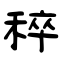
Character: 稡